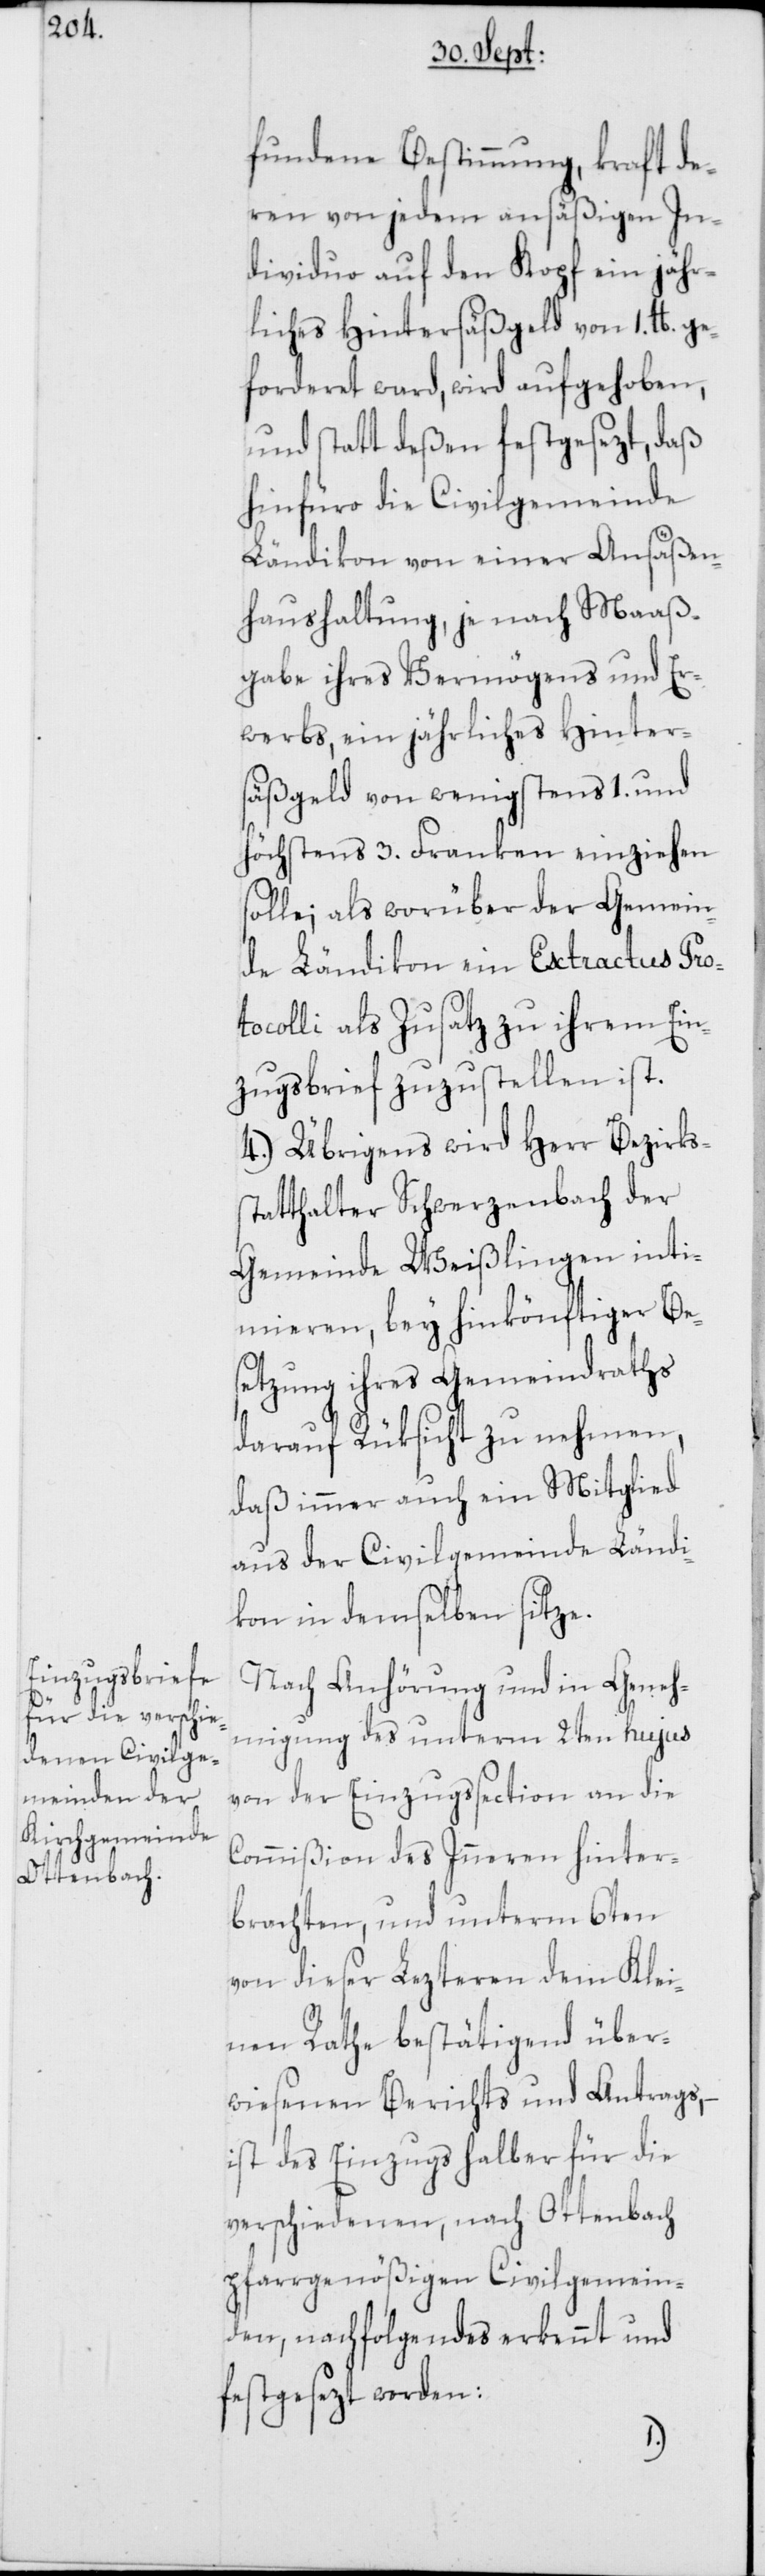
fundene Bestimmung, kraft de¬
ren von jedem ansäßigen In¬
dividuo auf den Kopf ein jähr¬
liches Hintersäßgeld von 1. lb. ge¬
forderet ward, wird aufgehoben,
und statt deßen festgesezt, daß
hinfüro die Civilgemeinde
Ländikon von einer Ansäßen¬
haushaltung, je nach Maaß¬
gabe ihres Vermögens und Er¬
werbs, ein jährliches Hinter¬
säßgeld von wenigstens 1. und
höchstens 3. Franken einziehen
solle; als worüber der Gemein¬
de Ländikon ein Extractus Pro¬
tocolli als Zusatz zu ihrem Ein¬
zugsbrief zuzustellen ist.
4.) Übrigens wird Herr Bezirkss¬
tatthalter Schwerzenbach der
Gemeinde Weißlingen inti¬
mieren, bey hinkönftiger Be¬
setzung ihres Gemeindraths
darauf Rüksicht zu nehmen,
daß immer auch ein Mitglied
aus der Civilgemeinde Ländi¬
kon in demselben sitze.
Nach Anhörung und in Geneh¬
migung des unterm 2ten hujus
von der Einzugssection an die
Commißion des Inneren hinter¬
brachten, und unterm 6ten
von dieser Lezteren dem Klei¬
nen Rathe bestätigend über¬
wiesenen Berichts und Antrags, –
ist des Einzugs halber für die
verschiedenen, nach Ottenbach
pfarrgenößigen Civilgemein¬
den, nachfolgendes erkennt und
festgesezt worden: